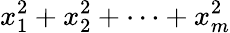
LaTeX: x_{1}^{2}+x_{2}^{2}+\cdots+x_{m}^{2}